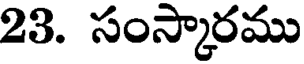
23. సంస్కారము